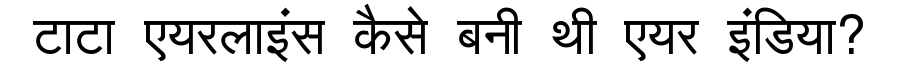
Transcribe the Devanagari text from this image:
टाटा एयरलाइंस कैसे बनी थी एयर इंडिया?